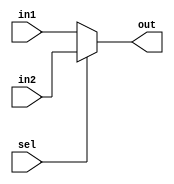
module mux_2to1_5bit (in1, in2, sel, out);

input [4:0] in1, in2;
input sel;

output reg [4:0] out;

always @ (*) begin
	out <= sel ? in2 : in1;
end

endmodule